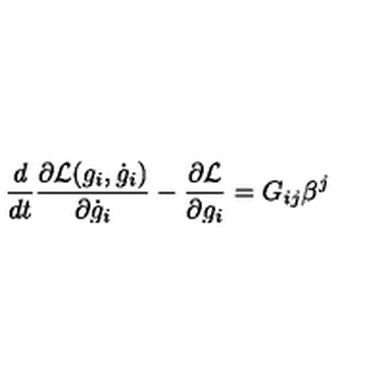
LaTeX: { \frac { d } { d t } } { \frac { \partial { \cal L } ( g _ { i } , \dot { g } _ { i } ) } { \partial \dot { g } _ { i } } } - { \frac { \partial { \cal L } } { \partial g _ { i } } } = G _ { i j } \beta ^ { j }